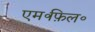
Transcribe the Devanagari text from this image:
एम॰फ़िल॰